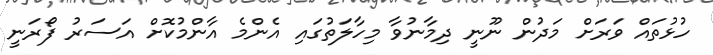
ހުޅުތައް ވަރަށް މަދުން ނޫނީ ދިމާނުވާ މިހާލަތުގައި އެންމެ އާންމުކޮށް އަސަރު ފޯރަނީ